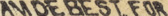
AMDE BEST FOR